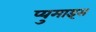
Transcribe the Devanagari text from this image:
प्युमाइस